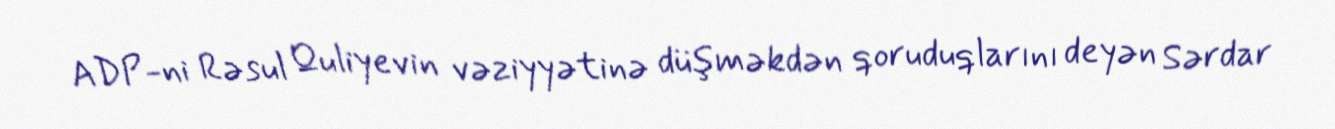
ADP-ni Rəsul Quliyevin vəziyyətinə düşməkdən qoruduqlarını deyən Sərdar